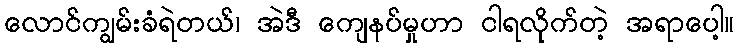
လောင်ကျွမ်းခံရဲတယ်၊ အဲဒီ ကျေနပ်မှုဟာ ငါရလိုက်တဲ့ အရာပေါ့။